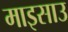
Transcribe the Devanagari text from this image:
माइसाउ